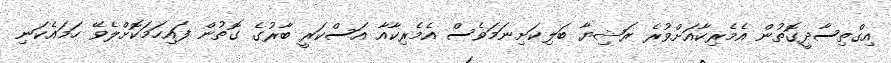
އިގްތިސާދީގޮތުން އެމެރިކާއަށްވުރެ ރަޝިޔާ ބަލިކަށިނަމަވެސް އެމެރިކާއާ އަސްކަރީ ބާރުގެ ގޮތުން ފައިހަމަކޮށްލެވޭ ހަމައެކަނި